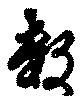
数